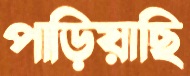
পাড়িয়াছি